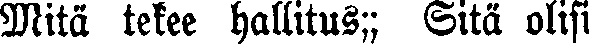
Mitä tekee hallitus;; Sitä olisi